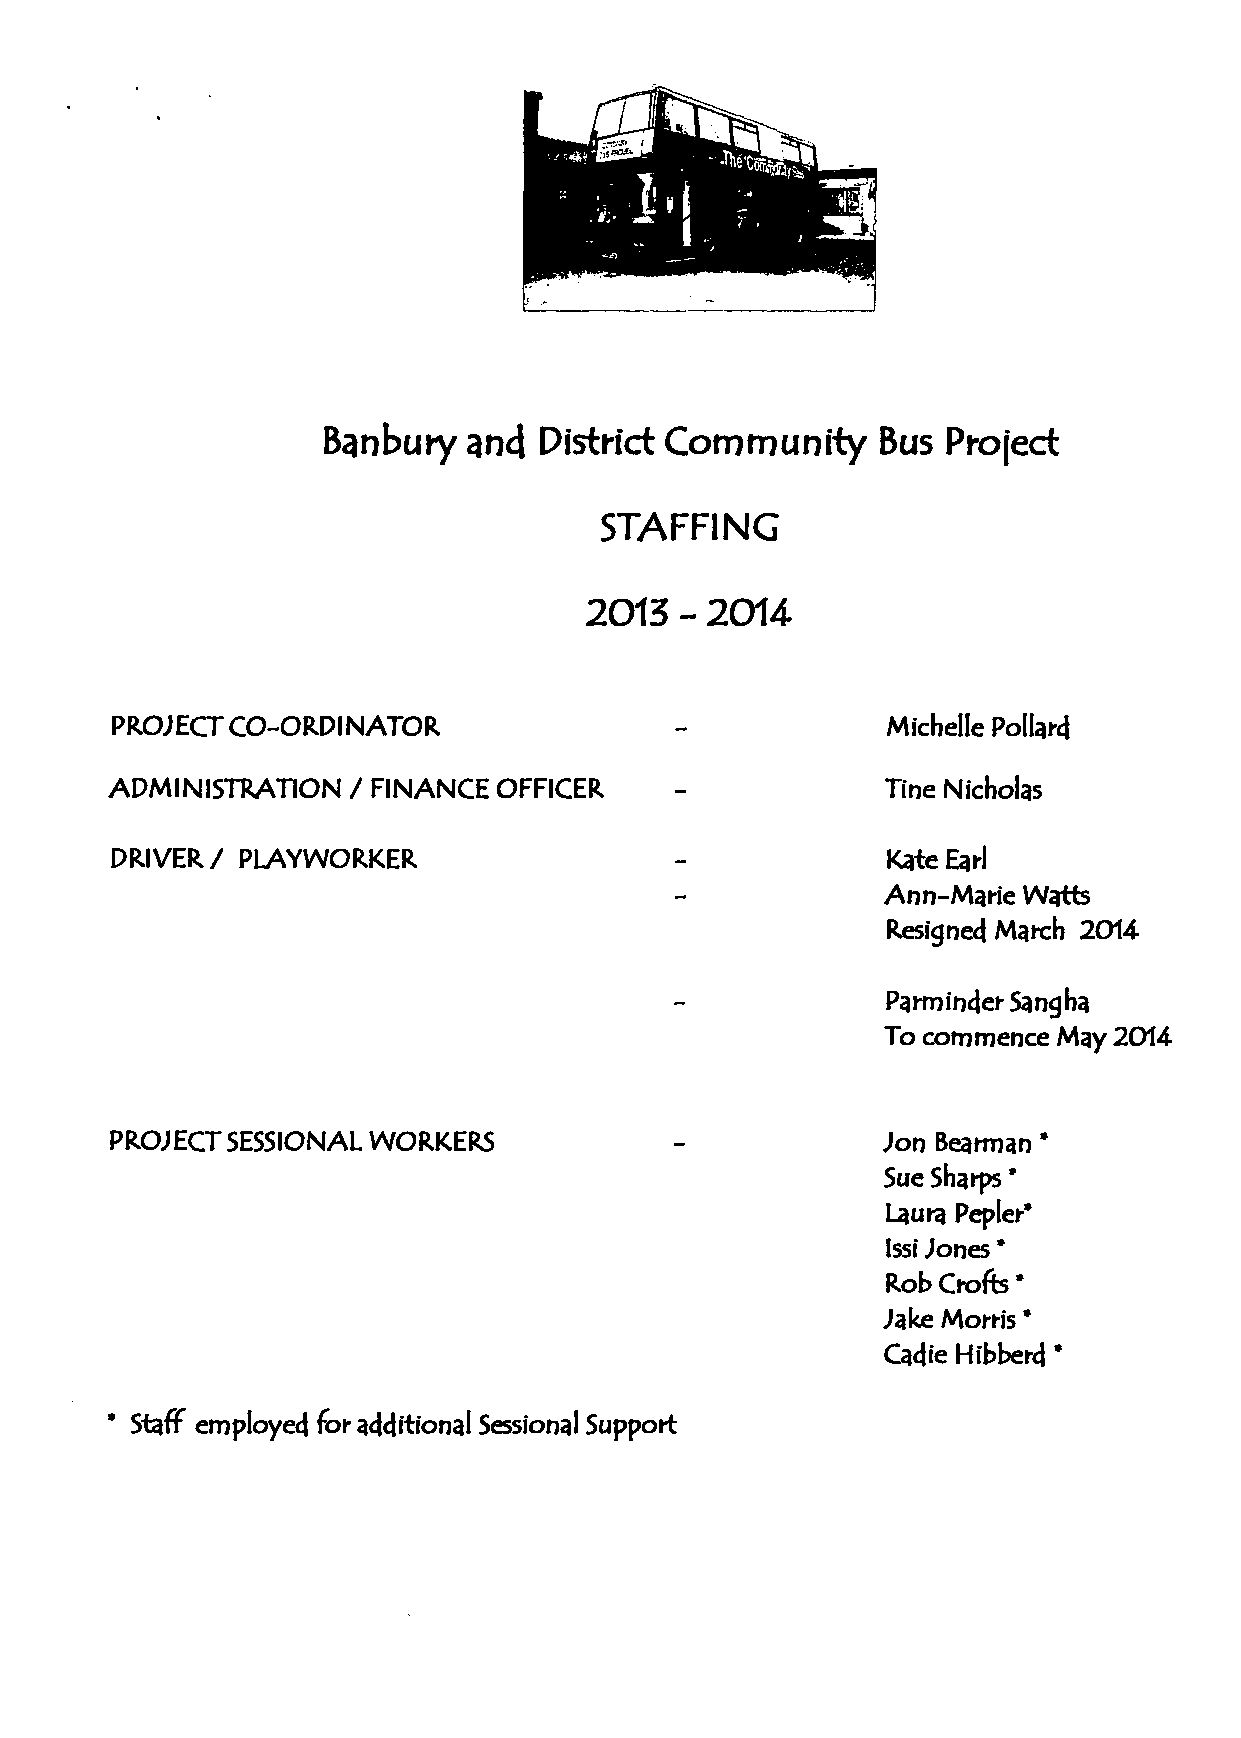
Banbury   an4  District Community     Bus  Project
 STAFFING
 2013  - 20U
 PROJECT CO-ORDINATOR                                Michelle Pollard
 ADMINISTRATION  / FINANCE OFFICER                   Tine Nicholas
 DRIVER/  PLAYWORKER                                 Kate Earl
 Ann-Marie Watts
 Resigned March 2014
 Parroinder Sang ha
 To commence May 2014
 PROJECT SESSIONAL WORKERS                          Jon Beaiman *
 Sue Sharps *
 Laura Pepler*
 Issi Jones *
 Rob Crofts *
 Jake Morris *
 Cadie Hibberd'
 * Staff employed for additional Sessional Support